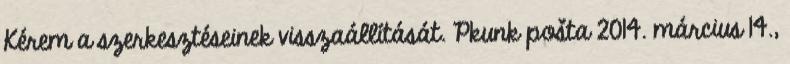
Kérem a szerkesztéseinek visszaállítását. Pkunk pošta 2014. március 14.,